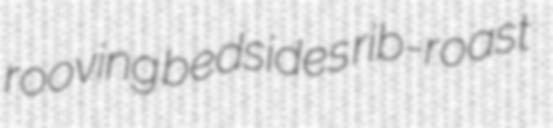
rooving bedsides rib-roast